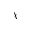
\chi